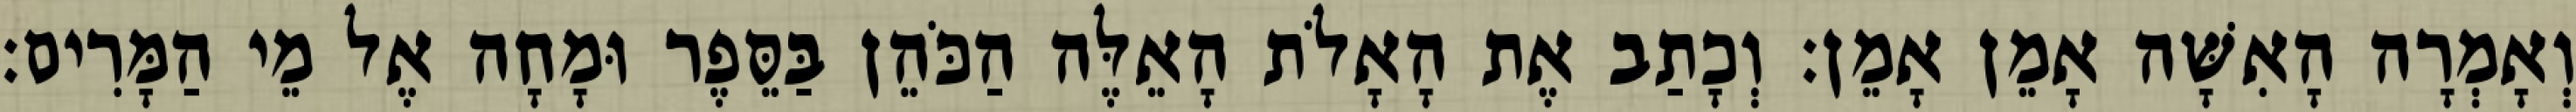
וְאָמְרָה הָאִשָּׁה אָמֵן אָמֵן׃ וְכָתַב אֶת הָאָלֹת הָאֵלֶּה הַכֹּהֵן בַּסֵּפֶר וּמָחָה אֶל מֵי הַמָּרִים׃